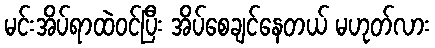
မင်းအိပ်ရာထဲဝင်ပြီး အိပ်စေချင်နေတယ် မဟုတ်လား